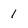
Character: 1